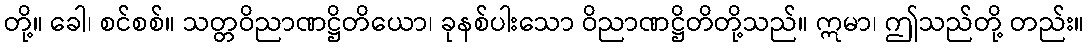
တို့။ ခေါ၊ စင်စစ်။ သတ္တဝိညာဏဋ္ဌိတိယော၊ ခုနစ်ပါးသော ဝိညာဏဋ္ဌိတိတို့သည်။ ဣမာ၊ ဤသည်တို့ တည်း။